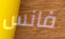
فانس